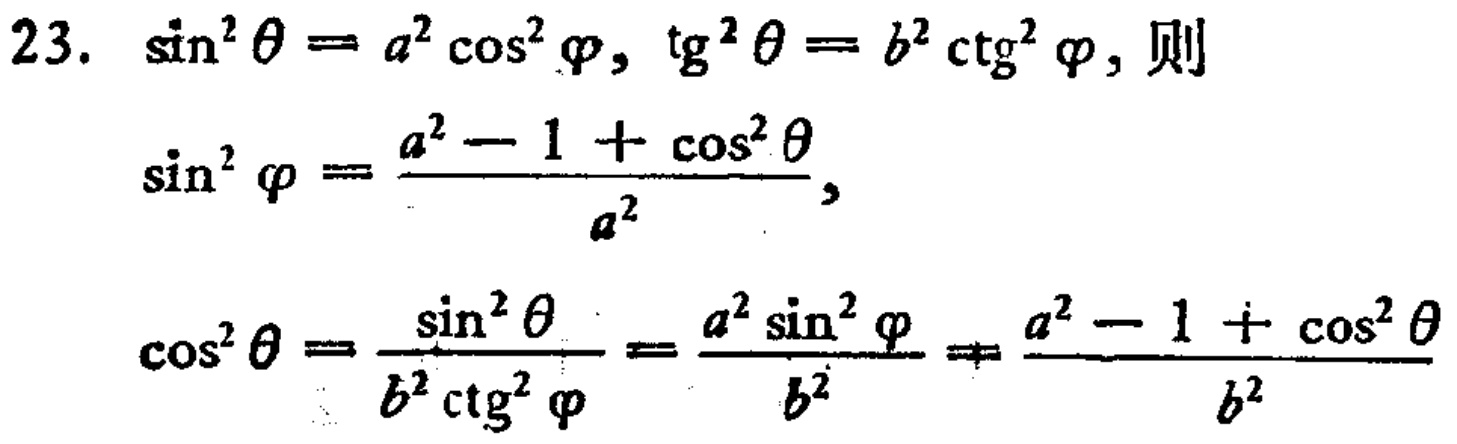
23. $\sin^{2}\theta = a^{2}\cos^{2}\varphi,\ \tg^{2}\theta = b^{2}\ctg^{2}\varphi$, 则

$\sin^{2}\varphi = \frac{a^{2} - 1+\cos^{2}\theta}{a^{2}}$,

$\cos^{2}\theta = \frac{\sin^{2}\theta}{b^{2}\ctg^{2}\varphi}=\frac{a^{2}\sin^{2}\varphi}{b^{2}}=\frac{a^{2} - 1+\cos^{2}\theta}{b^{2}}$